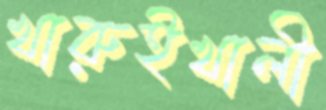
খারুইখালী